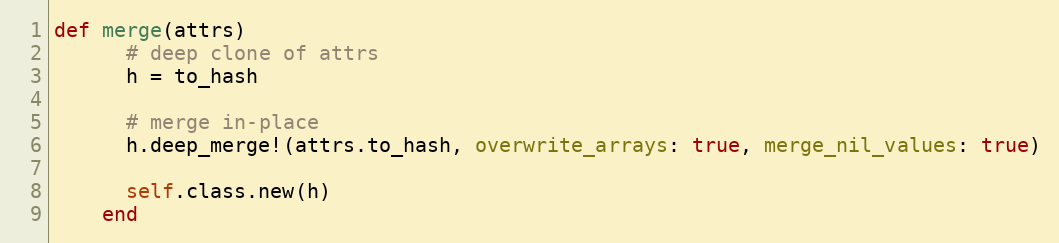
Language: Ruby
def merge(attrs)
      # deep clone of attrs
      h = to_hash

      # merge in-place
      h.deep_merge!(attrs.to_hash, overwrite_arrays: true, merge_nil_values: true)

      self.class.new(h)
    end